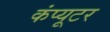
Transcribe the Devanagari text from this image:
कंंप्यूटर